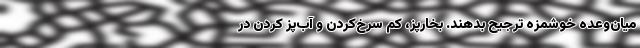
میان‌وعده خوشمزه ترجیح بدهند. بخارپز، کم‌ سرخ‌کردن و آب‌پز کردن در